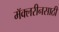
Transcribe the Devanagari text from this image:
मॅक्लरीनसाठी